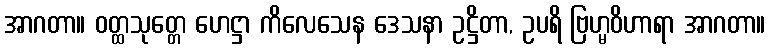
အာဂတာ။ ဝတ္ထသုတ္တေ ဟေဋ္ဌာ ကိလေသေန ဒေသနာ ဥဋ္ဌိတာ, ဥပရိ ဗြဟ္မဝိဟာရာ အာဂတာ။